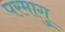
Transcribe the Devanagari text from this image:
परमागु